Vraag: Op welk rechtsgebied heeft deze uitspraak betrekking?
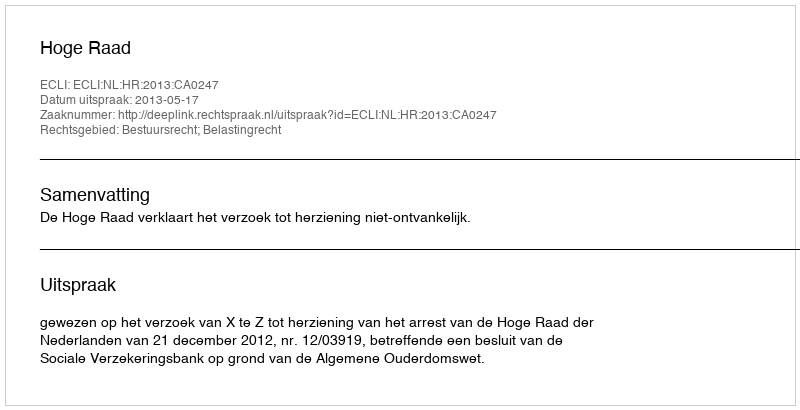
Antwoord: Bestuursrecht; Belastingrecht